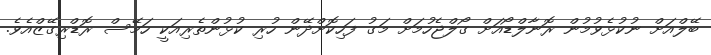
ބޭލްއަށް ނުކުޅެވުމުން ރޮނާލްޑޯއަށް ގޯލްޖެހުމަށް މަގު ފަހިކޮށްދޭން ހުރި ކުޅުންތެރިއަކީ ހަމޭސް ރޮޑްރިގޭޒްއެވެ.